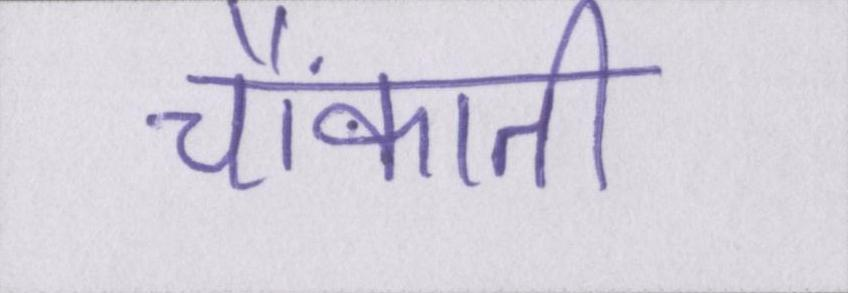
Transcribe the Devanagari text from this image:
चौंकाती